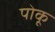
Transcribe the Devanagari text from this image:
पोकू